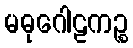
မဓုဂေါဠကဉ္စ